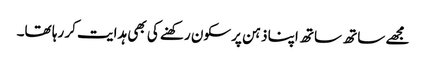
مجھے ساتھ ساتھ اپنا ذہن پرسکون رکھنے کی بھی ہدایت کر رہا تھا۔